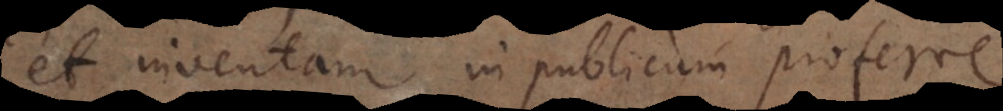
et inventam in publicum proferre